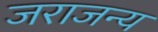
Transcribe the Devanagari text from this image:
जराजन्य